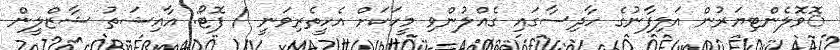
ޮވޮލެންޓިޔަރުން އަލިފާނުގެ ހާދިސާގައި ގެއްލުންވި މީހަކަށް އެހީތެރިވަނީ / ފޮޓޯ: އާއިޝަތު ޝާޒްލީން